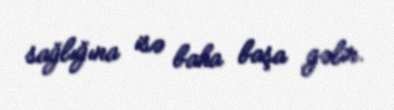
sağlığına isə baha başa gəlir.